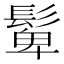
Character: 𩭧